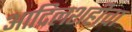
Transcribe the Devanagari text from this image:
आदिलशहीचा